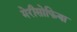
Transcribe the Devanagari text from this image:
मेरीसोफिया